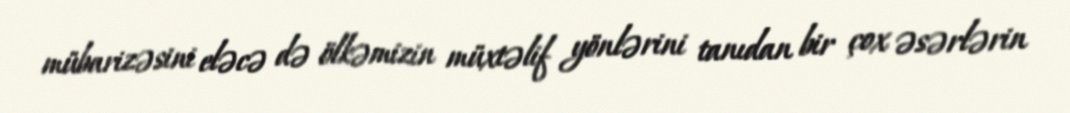
mübarizəsini eləcə də ölkəmizin müxtəlif yönlərini tanıdan bir çox əsərlərin